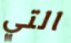
التي